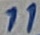
Text: 11